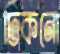
ঢিকনো